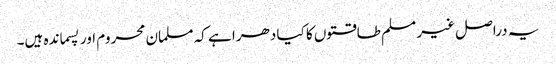
یہ دراصل غیر مسلم طاقتوں کا کیا دھرا ہے کہ مسلمان محروم اور پسماندہ ہیں۔